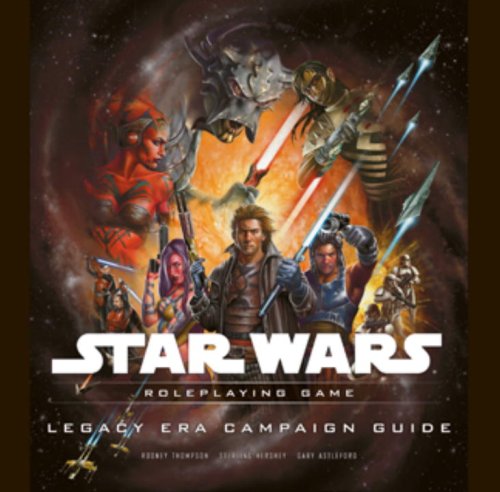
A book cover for Legacy Era Campaign Guide (Star Wars Roleplaying Game); Rodney Thompson; Science Fiction & Fantasy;